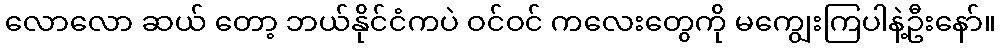
လောလော ဆယ် တော့ ဘယ်နိုင်ငံကပဲ ဝင်ဝင် ကလေးတွေကို မကျွေးကြပါနဲ့ဦးနော်။